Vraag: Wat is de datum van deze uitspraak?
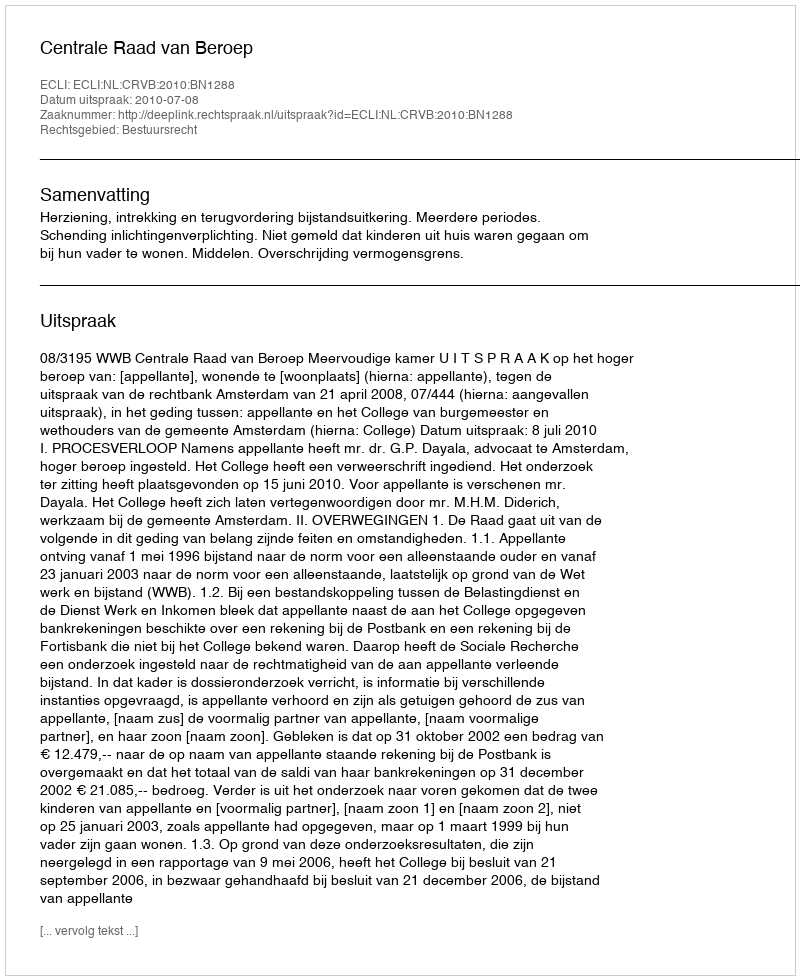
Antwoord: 2010-07-08